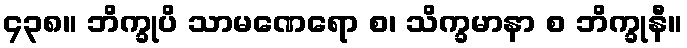
၄၃၈။ ဘိက္ခုပိ သာမဏေရော စ၊ သိက္ခမာနာ စ ဘိက္ခုနီ။